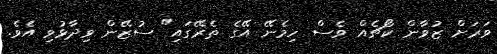
ވަރަށް ޒުވާން ކޯޗެއް ވެސް ހިމެނޭ އޭގެ ތެރޭގައި" ސުޒޭން ވިދާޅުވި އެވެ.